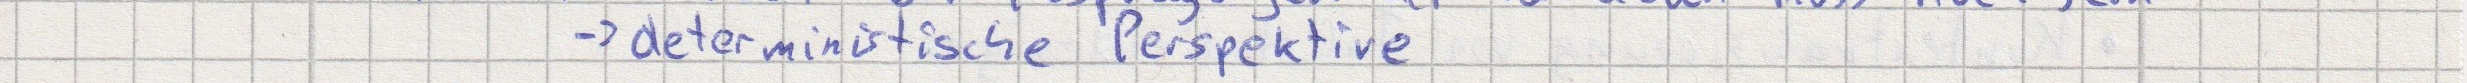
-> deterministische Perspektive